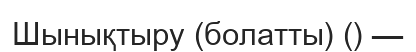
Шынықтыру (болатты) () —